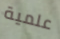
علمية